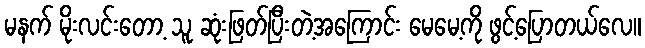
မနက် မိုးလင်းတော့ သူ ဆုံးဖြတ်ပြီးတဲ့အကြောင်း မေမေ့ကို ဖွင့်ပြောတယ်လေ။